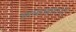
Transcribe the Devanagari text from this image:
लकड़हारों